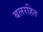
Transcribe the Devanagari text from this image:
बलरहित